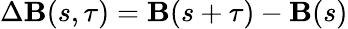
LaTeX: \Delta\textbf{B}(s,\tau)=\textbf{B}(s+\tau)-\textbf{B}(s)